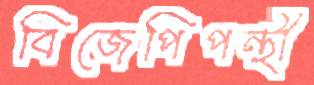
বিজেপিপন্থী